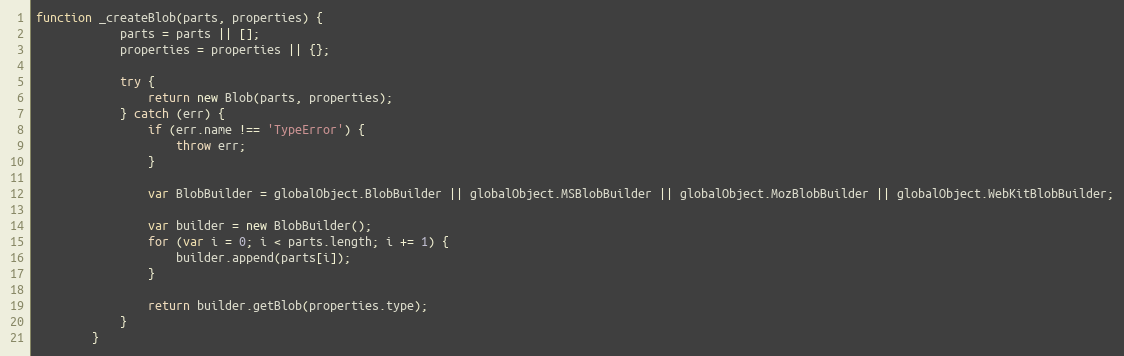
Language: JavaScript
function _createBlob(parts, properties) {
	        parts = parts || [];
	        properties = properties || {};

	        try {
	            return new Blob(parts, properties);
	        } catch (err) {
	            if (err.name !== 'TypeError') {
	                throw err;
	            }

	            var BlobBuilder = globalObject.BlobBuilder || globalObject.MSBlobBuilder || globalObject.MozBlobBuilder || globalObject.WebKitBlobBuilder;

	            var builder = new BlobBuilder();
	            for (var i = 0; i < parts.length; i += 1) {
	                builder.append(parts[i]);
	            }

	            return builder.getBlob(properties.type);
	        }
	    }